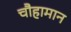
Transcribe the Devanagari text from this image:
चौहामान